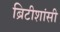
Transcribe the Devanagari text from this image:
ब्रिटीशांसी